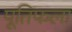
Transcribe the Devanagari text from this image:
पूतिफला